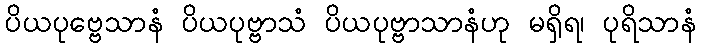
ပိယပုဗ္ဗေသာနံ ပိယပုဗ္ဗာသံ ပိယပုဗ္ဗာသာနံဟု မရှိရ၊ ပုရိသာနံ